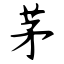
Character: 茅